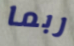
ربما